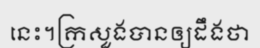
នេះ។ក្រសួងបានឲ្យដឹងថា